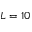
L = 1 0